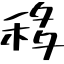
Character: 移